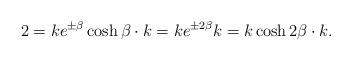
LaTeX: \begin{align*} 2 =ke^{\pm\beta }\cosh \beta \cdot k = ke^{\pm 2\beta }k = k\cosh 2\beta \cdot k.\end{align*}